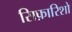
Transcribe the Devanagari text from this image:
सिफ़ारिशो